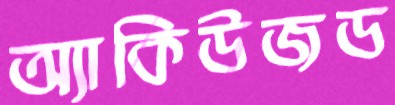
অ্যাকিউজড